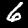
Digit: 6